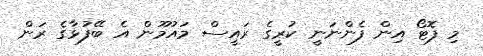
މި ފޮޓޯ އިން ފެންނަނީ ކުރީގެ ރައީސް މައުމޫން އެ ބޭފުޅާގެ ރަން